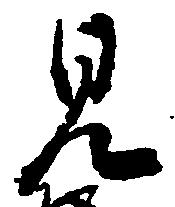
見